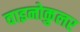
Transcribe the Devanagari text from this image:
वाइनोकुलर